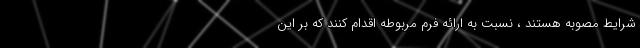
شرایط مصوبه هستند ، نسبت به ارائه فرم مربوطه اقدام کنند که بر این